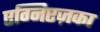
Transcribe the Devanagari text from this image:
एग्निएज़का